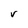
Character: v